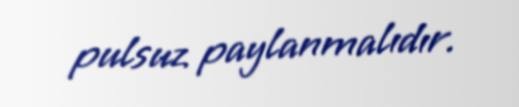
pulsuz paylanmalıdır.